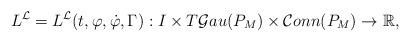
LaTeX: \begin{align*}L^\mathcal{L}=L^\mathcal{L}(t,\varphi,\dot\varphi,\Gamma):I\times T\mathcal{G}au(P_M)\times\mathcal{C}onn(P_M)\rightarrow\mathbb{R},\end{align*}